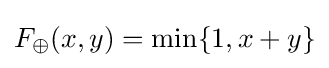
F_{\oplus }(x,y)=\min\{1,x+y\}